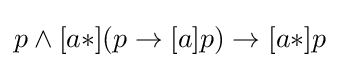
p\land [a*](p\to [a]p)\to [a*]p\,\!